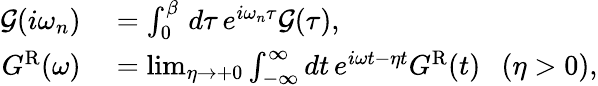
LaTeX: \begin{array}{rl}{\mathcal{G}(i\omega_{n})}&{{}=\int_{0}^{\beta}\, d\tau\, e^{i\omega_{n}\tau}\mathcal{G}(\tau),}\\ {G^{\mathrm{R}}(\omega)}&{{}=\operatorname*{lim}_{\eta\rightarrow+0}\int_{-\infty}^{\infty}dt\, e^{i\omega t-\eta t}G^{\mathrm{R}}(t)\ \ \ (\eta>0),}\end{array}